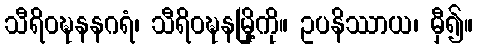
သီရိဝဍ္ဎနနဂရံ၊ သီရိဝဍ္ဎနမြို့ကို။ ဥပနိဿာယ၊ မှီ၍။